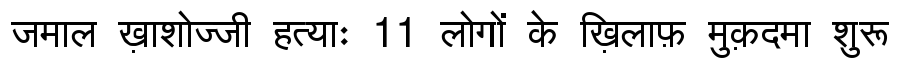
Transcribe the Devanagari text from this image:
जमाल ख़ाशोज्जी हत्याः 11 लोगों के ख़िलाफ़ मुक़दमा शुरू